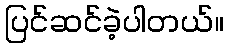
ပြင်ဆင်ခဲ့ပါတယ်။